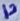
Text: 13